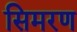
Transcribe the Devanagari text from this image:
सिमरण